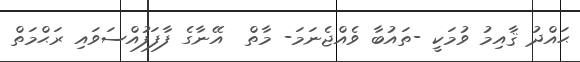
ޙައްދު ޤާއިމު ވުމަކީ -ތައުބާ ވެއްޖެނަމަ- މާތް  އޭނާގެ ފާފަފުއްސަވައި ރަޙްމަތް